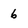
Character: 6